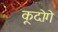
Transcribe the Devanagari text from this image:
कूदोगे